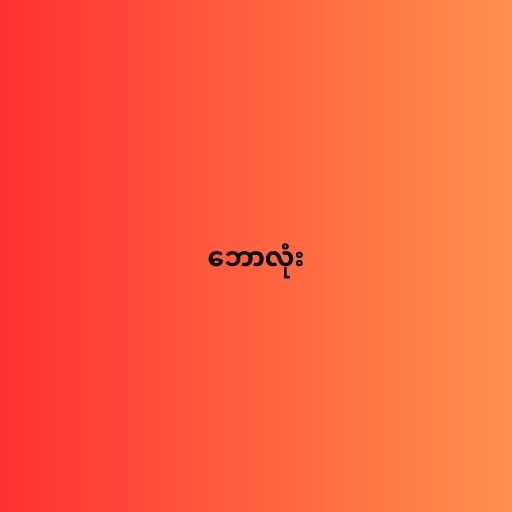
ဘောလုံး